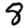
Digit: 8